Burma Government Medical School reports 1907-22
Year: 1907
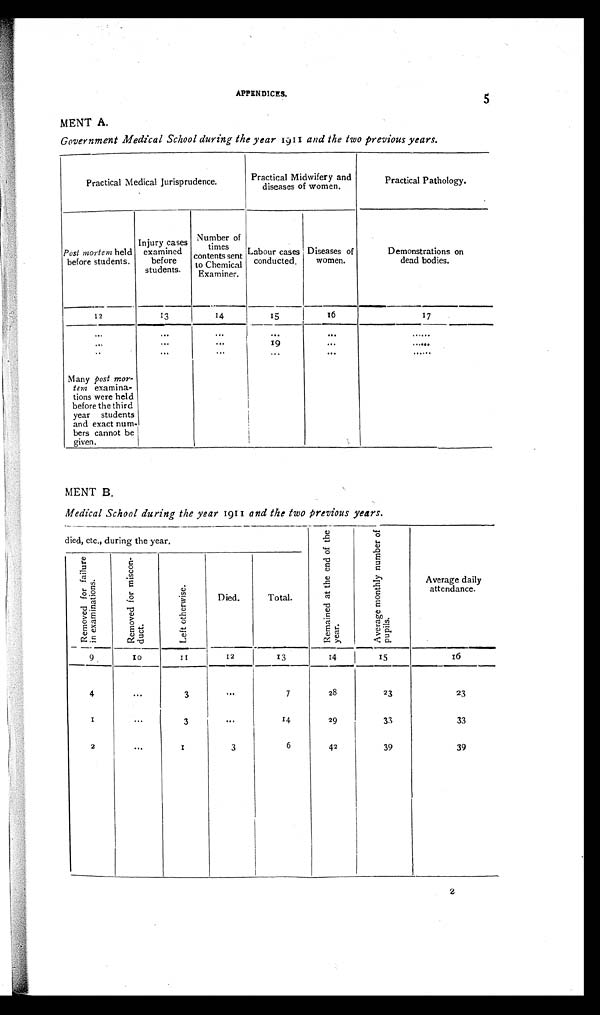
APPENDICES.
5
MENT A.
Government Medical School during the year 1911 and the two previous years.
Practica Medical Jurisprudence.
Practical Midwifery and
diseases of women.
Practical Pathology.
Post mortem held before students.
Injury cases
examined before students.
Number of times
contents sent to Chemical
Examiner.
Labour cases conducted.
Deases of women.
Domonstrations on
dead bodies.
12
13
14
15
16
17
...
...
...
...
...
...
...
...
...
19
...
...
...
...
...
...
...
...
Many post mor-
tem examina-
tions were held
before the third
year students
and exact num-
bers cannot be given.
MENT B.
Medical School during the year 1911 and the two previous years.
died, etc., during the year.
Remai ned at t he end of t he year .
A v e r a g e m o n t h l y n u m b e r o f p u p i l s .
Average daily attendance.
R e m o v e d f o r f a i l u r e i n e x a m i n a t i o n s .
R e m o v e d f o r m i s c o n d u c t .
Left otherwise.
Died.
Total.
9
10
11
12
13
14
15
16
4
...
3
...
7
28
23
23
1
...
3
...
14
29
33
33
2
...
1
3
6
42
39
39
2